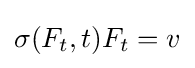
\sigma (F_{t},t)F_{t}=v